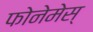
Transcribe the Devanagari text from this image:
फोनेमेस्